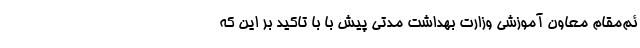
ئم‌مقام معاون آموزشی وزارت بهداشت مدتی پیش با با تاکید بر این‌ که